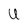
Character: U